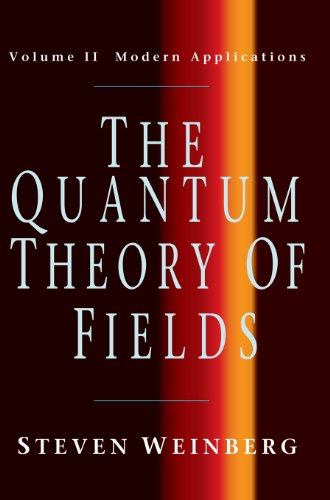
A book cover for The Quantum Theory of Fields, Vol. 2: Modern Applications; Steven Weinberg; Science & Math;